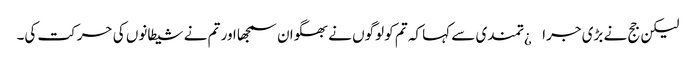
لیکن جج نے بڑی جرا¿تمندی سے کہا کہ تم کو لوگوں نے بھگوان سمجھا اور تم نے شیطانوں کی حرکت کی۔